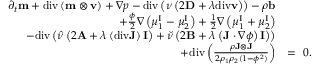
\begin{array} { r l } { \partial _ { t } \mathbf { m } + \mathrm { d i v } \left( \mathbf { m } \otimes \mathbf { v } \right) + \nabla p - \mathrm { d i v } \left( \nu \left( 2 \mathbf { D } + \lambda \mathrm { d i v } \mathbf { v } \right) \right) - \rho \mathbf { b } } & { } \\ { + \frac { \phi } { 2 } \nabla \left( \mu _ { 1 } ^ { \mathrm { I } } - \mu _ { 2 } ^ { \mathrm { I } } \right) + \frac { 1 } { 2 } \nabla \left( \mu _ { 1 } ^ { \mathrm { I } } + \mu _ { 2 } ^ { \mathrm { I } } \right) } & { } \\ { - \mathrm { d i v } \left( \hat { \nu } \left( 2 \mathbf { A } + \lambda \left( \mathrm { d i v } \mathbf { J } \right) \mathbf { I } \right) + \breve { \nu } \left( 2 \mathbf { B } + \lambda \left( \mathbf { J } \cdot \nabla \phi \right) \mathbf { I } \right) \right) } & { } \\ { + \mathrm { d i v } \left( \frac { \rho \mathbf { J } \otimes \mathbf { J } } { 2 \rho _ { 1 } \rho _ { 2 } ( 1 - \phi ^ { 2 } ) } \right) } & { = ~ 0 . } \end{array}